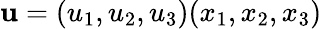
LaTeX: {\mathbf u}=(u_{1},u_{2},u_{3})(x_{1},x_{2},x_{3})